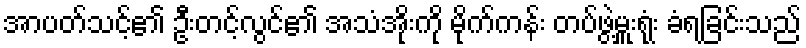
အာပတ်သင့်၏ ဦးတင့်လွင်၏ အသံအိုးကို မိုက်ကန်း တပ်ဖွဲ့မှူးရုံး ခံရခြင်းသည်